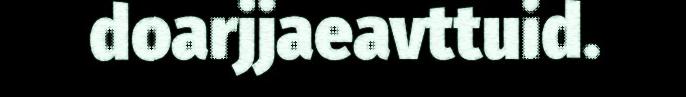
doarjjaeavttuid.